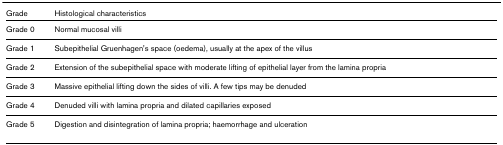
| Grade | Histological characteristics |
 | --- | --- |
 | Grade 0 | Normal mucosal villi |
 | Grade 1 | Subepithelial Gruenhagen's space (oedema), usually at the apex of the villus |
 | Grade 2 | Extension of the subepithelial space with moderate lifting of epithelial layer from the lamina propria |
 | Grade 3 | Massive epithelial lifting down the sides of villi. A few tips may be denuded |
 | Grade 4 | Denuded villi with lamina propria and dilated capillaries exposed |
 | Grade 5 | Digestion and disintegration of lamina propria; haemorrhage and ulceration |